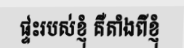
ផ្ទះរបស់ខ្ញុំ គឺតាំងពីខ្ញុំ